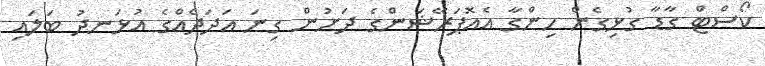
ކޯސްޓް ގާޑާ ގުޅިގެން ހިންގާ އެއޮޕަރޭޝަންގެ ދަށުން ގިނަ އަދަދެއްގެ އުޅަނދު ބަލައި